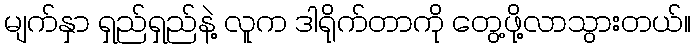
မျက်နှာ ရှည်ရှည်နဲ့ လူက ဒါရိုက်တာကို တွေ့ဖို့လာသွားတယ်။